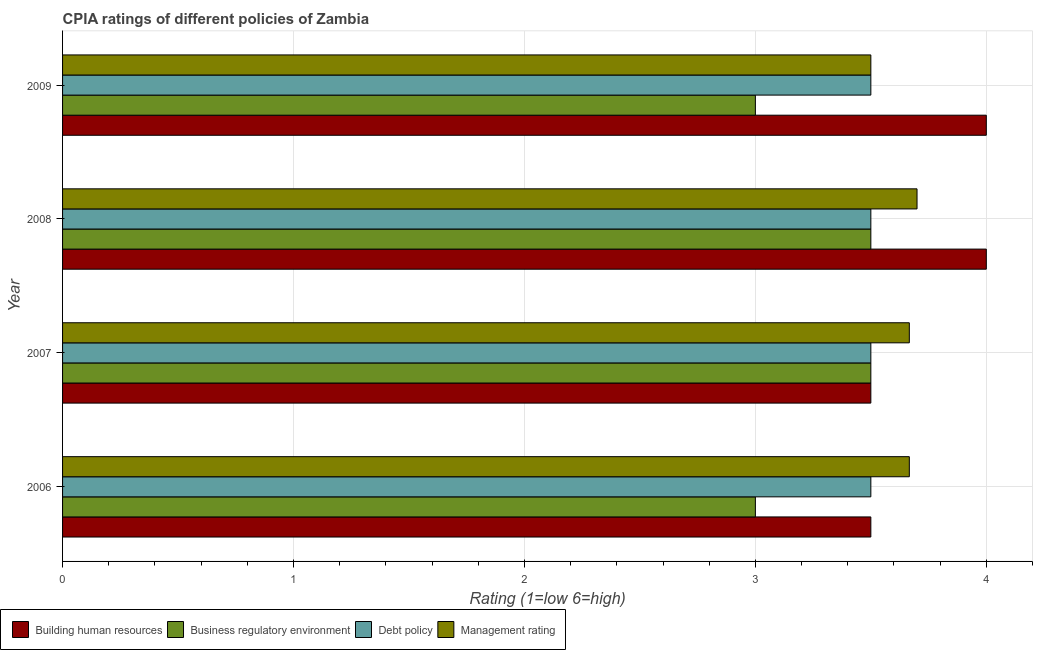
| Year | Building human resources | Business regulatory environment | Debt policy | Management rating |
 | --- | --- | --- | --- | --- |
 | 2006 | 3.5 | 3 | 3.5 | 3.67 |
 | 2007 | 3.5 | 3.5 | 3.5 | 3.67 |
 | 2008 | 4 | 3.5 | 3.5 | 3.7 |
 | 2009 | 4 | 3 | 3.5 | 3.5 |